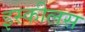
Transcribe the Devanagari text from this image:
इस्कीलस